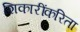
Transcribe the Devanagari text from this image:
शिकारींकरिता